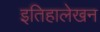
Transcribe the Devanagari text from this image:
इतिहालेखन